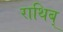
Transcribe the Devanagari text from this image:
राथिब्